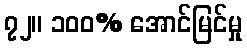
၇၂။ ၁၀၀% အောင်မြင်မှု